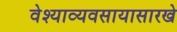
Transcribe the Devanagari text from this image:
वेश्याव्यवसायासारखे